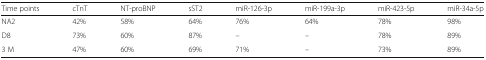
<table><thead><tr><td><b>Time points</b></td><td><b>cTnT</b></td><td><b>NT-proBNP</b></td><td><b>sST2</b></td><td><b>miR-126-3p</b></td><td><b>miR-199a-3p</b></td><td><b>miR-423-5p</b></td><td><b>miR-34a-5p</b></td></tr></thead><tbody><tr><td>NA2</td><td>42%</td><td>58%</td><td>64%</td><td>76%</td><td>64%</td><td>78%</td><td>98%</td></tr><tr><td>D8</td><td>73%</td><td>60%</td><td>87%</td><td>–</td><td>–</td><td>78%</td><td>89%</td></tr><tr><td>3 M</td><td>47%</td><td>60%</td><td>69%</td><td>71%</td><td>–</td><td>73%</td><td>89%</td></tr></tbody></table>